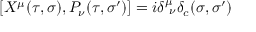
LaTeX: [ X ^ { \mu } ( \tau , \sigma ) , P _ { \nu } ( \tau , \sigma ^ { \prime } ) ] = i \delta _ { \ \nu } ^ { \mu } \delta _ { c } ( \sigma , \sigma ^ { \prime } )